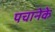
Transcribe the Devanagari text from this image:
पचानेके